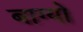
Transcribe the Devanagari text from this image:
बाग्यो